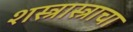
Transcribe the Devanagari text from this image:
शस्त्रास्त्राचा